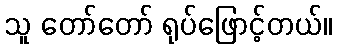
သူ တော်တော် ရုပ်ဖြောင့်တယ်။